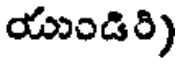
యుండిరి)